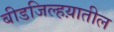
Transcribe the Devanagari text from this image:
बीडजिल्हय़ातील